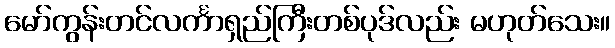
မော်ကွန်းတင်လင်္ကာရှည်ကြီးတစ်ပုဒ်လည်း မဟုတ်သေး။